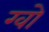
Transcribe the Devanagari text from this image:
ग्वो